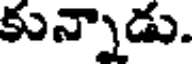
కున్నాడు.